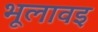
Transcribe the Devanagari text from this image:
भूलावइ